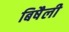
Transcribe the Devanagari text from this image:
बिषैली